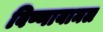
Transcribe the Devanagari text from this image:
विष्णायामल